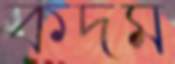
কদম